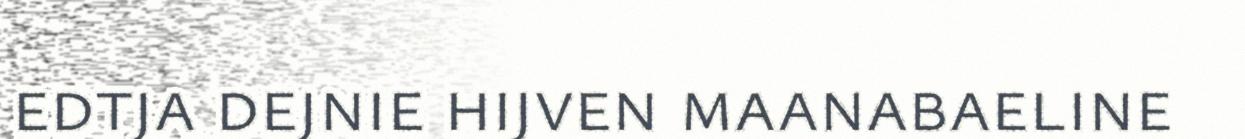
edtja dejnie hijven maanabaeline